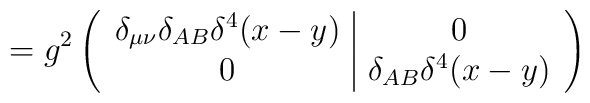
=g^2\left(\begin{array}{c|c}\delta_{\mu\nu}\delta_{AB}\delta^4(x-y) & 0 \\0 & \delta_{AB}\delta^4(x-y)\end{array}\right)